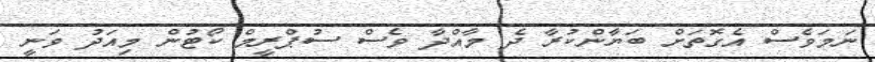
ނަމަވެސް އެގޮތަށް ބަޔާންކުރާ ދެ މާއްދާ ވެސް ސުޕްރީމް ކޯޓުން މިއަދު ވަނީ